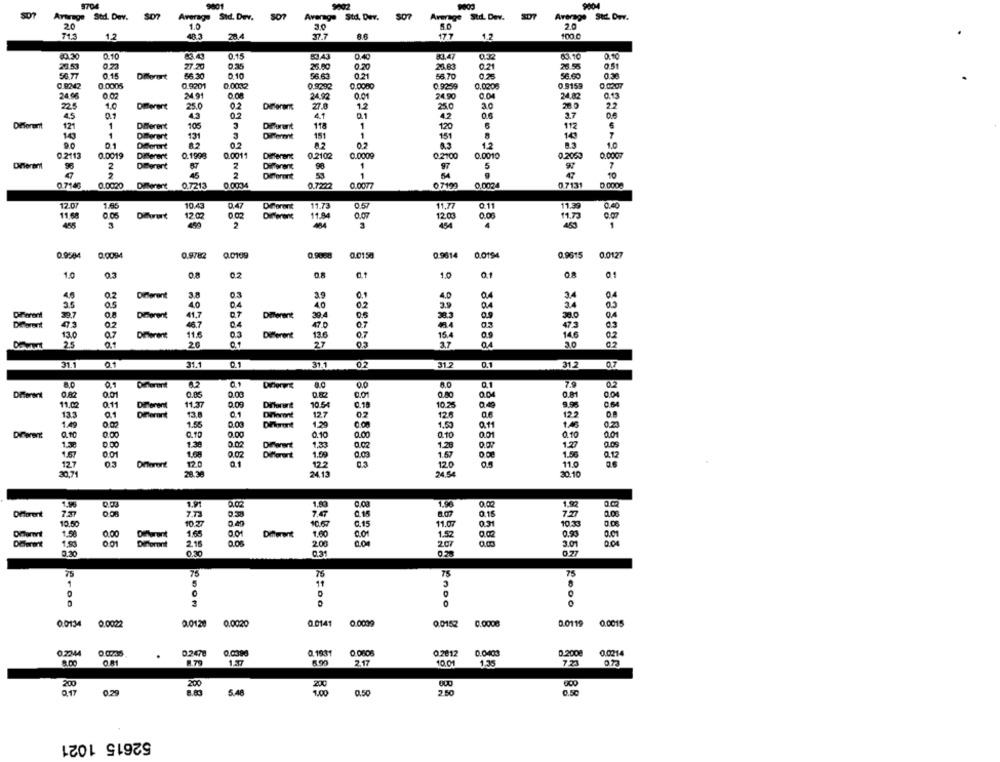
9704
9001
9002
9004
SD7
Avarage Std. Dev.
SO7
Average Std. Derv.
Average Std. Dev.
Average StrL. Dev.
Average Std. Dev.
20
1.0
5.0
713
1.2
37.7
8.6
17.7
1.2
100 0
0.15
80.30
0.10
0.40
83.47
0.10
23.53
0.73
27.20
26.00
0.20
20.83
0.2
26.55
56.77
0.15
56.30
0.10
56.63
56 70
56.60
0 8242
0.0005
0 9201
0.0032
0.9292
0.0080
0.9259
0,020€
0.9159
0.0207
24 06
0.02
24.91
24.92
0.01
24.90
24.82
0.13
225
1.0
Diferent
25.0
0.2
Different
27.0
1.2
25.0
ac
22
4.5
0.1
4.3
0.2
41
0.1
4.2
0.6
3.7
06
121
1
Diferent
105
3
Different
118
1
120
6
112
143
1
Different
131
151
151
143
7
01
82
12
10
0.2113
0.0019
Different
0.1998
0.0011
Different
0.2102
0.0009
02100
0.0010
0.2053
0.0007
Diferent
2
Different
1
97
5
97
45
2
1
47
10
0 7146
0.0020
0.7222
0.0077
07199
0.0024
0.7131
0.0000
Dimarert
0.7213
0.0034
12.07
1.65
10.43
0.47
11.73
0.57
11,77
011
11.39
0.40
11,68
DATEt
12.02
11.84
12.03
0.0
11,73
455
2
454
1
0.9584
0.0094
0.9782
0.0109
0.9008
0.0150
0.9614
0.0194
0.9615
0.0127
1.0
03
02
0.8
1.0
0.1
01
4.6
O.
Diferent
3.8
0.3
3.9
0.1
4.0
a
3.4
2.5
40
04
40
02
3.4
02
DiFerent
39.7
0.8
Dierent
41,7
Different
39.4
38.3
38.0
Detorent
02
46.7
04
470
07
03
475
13.0
Dierent
11.6
0.3
13.6
0.7
15.4
0.9
14€
0.2
25
20
27
03
37
31.1
01
31.1
0.1
31.1
02
312
0.1
31.2
0.7
8.0
0.82
0.03
0.80
0.04
0.81
0.04
11.02
0.11
Diferent
11.37
0.00
Diferent
10.54
0.18
10.25
0.49
13.3
01
Different
13
0.1
Diforont
12.7
126
06
12.2
DA
1.4
155
Diort
1.29
0.11
14
Diferent
0.00
0.00
0.10
0.10
001
a0
1.3
1.38
0.02
Drevet
1.23
1.28
0.05
1.67
0.0
0.02
1.09
1.57
1.5
0.12
12.7
120
12.2
12.0
11.0
30,71
28.38
2413
24.54
30.10
1.96
1.91
1.53
1.92
Different
73
0.08
7.73
7.47
0.15
10.50
10.27
0.40
10.07
0.15
11.07
1033
1.58
0.00
Different
1.65
Different
1.00
002
0.93
0.01
1.93
0.0%
1.52
3.01
0.04
Diferent
Diforont
2.16
200
207
0.30
0.31
0.28
077
75
75
75
1
5
11
3
DOM
0
0.0134
0.0022
0.0120
0.002℃
0.0141
0.0009
0.0152
0.0008
0.0119 0.0015
0.2344
0.0.33
0.2478
0.0390
0.1931
0 0806
0.2812
0.0403
0.2008
0.0214
8.00
1.79
2.17
10.01
1.35
7.23
0.29
5.48
1.00
0.50
2.50
0.50
52615 1021